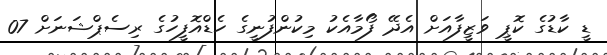
ޑީ ކާޑުގެ ކޮޕީ ވަޒީފާއަށް އެދޭ ފޯމާއެކު މިކުންފުނީގެ ހެޑްއޮފީހުގެ ރިސެޕްޝަނަށް 07